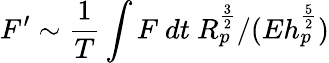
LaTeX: F^{\prime}\sim\frac{1}{T}\int F~dt~R_{p}^{\frac{3}{2}}/(Eh_{p}^{\frac{5}{2}})